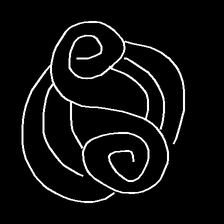
Glyph: wind-underfoot